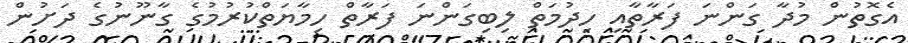
އެގޮތުން މުދާ ގަންނަ ފަރާތާއި ހިދުމަތް ލިބިގަންނަ ފަރާތް ހިމާޔަތްކުރުމުގެ ގާނޫނުގެ ދަށުން